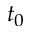
t _ { 0 }